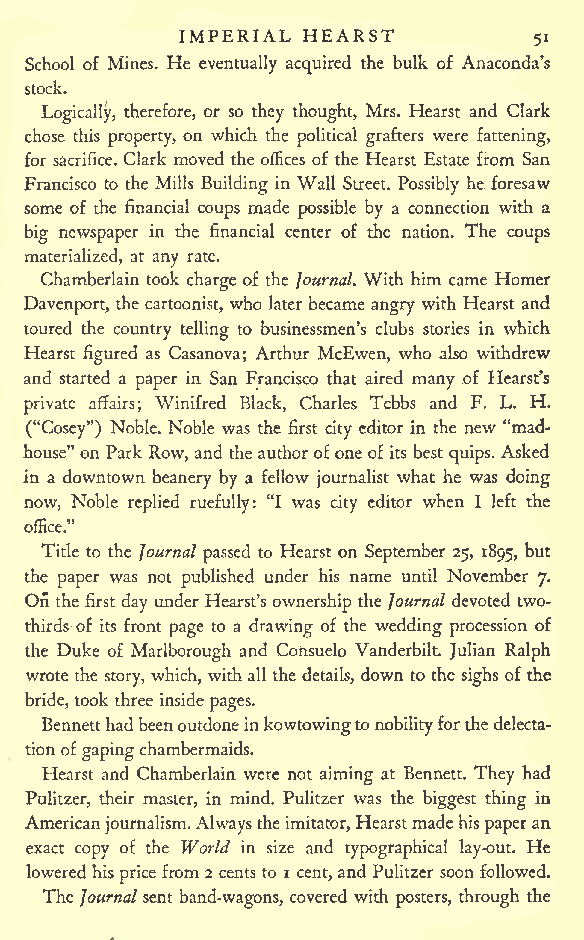
IMPERIAL HEARST
 51
 School of Mines. He eventually acquired the bulk of Anaconda's
 stock.
 Logically, therefore, or so they thought, Mrs. Hearst and Clark
 chose this property, on which the political grafters were fattening,
 for sacrifice. Clark moved the offices of the Hearst Estate from San
 Francisco to the Mills Building in Wall Street. Possibly he foresaw
 some of the financial coups made possible by a connection with a
 big newspaper in the financial center of the nation. The coups
 materialized, at any rate.
 Chamberlain took charge of the Journal. With him came Homer
 Davenport, the cartoonist, who later became angry with Hearst and
 toured the country telling to businessmen's clubs stories in which
 Hearst figured as Casanova; Arthur McEwen, who also withdrew
 and started a paper in San Francisco that aired many of Hearst's
 private affairs; Winifred Black, Charles Tebbs and F. L. H.
 ("Cosey") Noble. Noble was the first city editor in the new "mad-
 house" on Park Row, and the authorofone of its best quips. Asked
 in a downtown beanery by a fellow journalist what he was doing
 now, Noble replied ruefully: "I was city editor when I left the
 office."
 Title to the Journal passed to Hearst on September 25, 1895, but
 the paper was not published under his name until November 7.
 On the first day under Hearst's ownership the Journal devoted two-
 thirds of its front page to a drawing of the wedding procession of
 the Duke of Marlborough and Cohsuelo Vanderbilt. Julian Ralph
 wrote the story, which, withall the details, down to the sighs of the
 bride, took three insidepages.
 Bennetthadbeenoutdoneinkowtowingtonobilityforthedelecta-
 tionofgapingchambermaids.
 Hearst and Chamberlain were not aiming at Bennett. They had
 Pulitzer, their master, in mind. Pulitzer was the biggest thing in
 American journalism.Alwaystheimitator, Hearstmadehispaperan
 exact copy of the World in size and typographical lay-out. He
 lowered hisprice from2 cents to i cent, and Pulitzer soon followed.
 The Journal sent band-wagons, covered with posters, through the